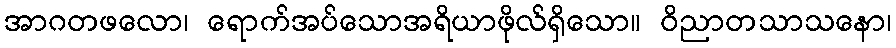
အာဂတဖလော၊ ရောက်အပ်သောအရိယာဖိုလ်ရှိသော။ ဝိညာတသာသနော၊